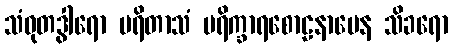
သံဝုတဒွါရော ပရိတာသံ ပရိက္ခာရစောဠနာမေန သိခရော